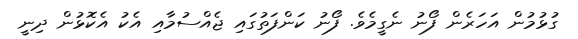
ގުޅުމުން އަހަރެން ފޯނު ނެގީމެވެ. ފޯނު ކަންފަތުގައި ޖެއްސުމާއި އެކު އެކޮޅުން ދިނީ